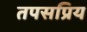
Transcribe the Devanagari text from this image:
तपसप्रिय